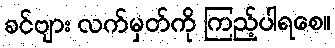
ခင်ဗျား လက်မှတ်ကို ကြည့်ပါရစေ။